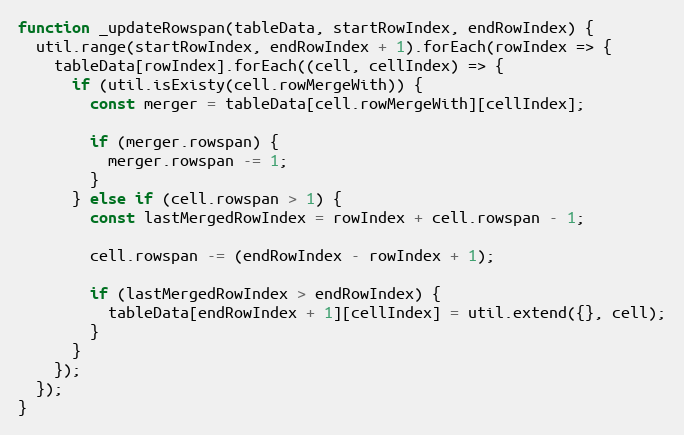
Language: JavaScript
function _updateRowspan(tableData, startRowIndex, endRowIndex) {
  util.range(startRowIndex, endRowIndex + 1).forEach(rowIndex => {
    tableData[rowIndex].forEach((cell, cellIndex) => {
      if (util.isExisty(cell.rowMergeWith)) {
        const merger = tableData[cell.rowMergeWith][cellIndex];

        if (merger.rowspan) {
          merger.rowspan -= 1;
        }
      } else if (cell.rowspan > 1) {
        const lastMergedRowIndex = rowIndex + cell.rowspan - 1;

        cell.rowspan -= (endRowIndex - rowIndex + 1);

        if (lastMergedRowIndex > endRowIndex) {
          tableData[endRowIndex + 1][cellIndex] = util.extend({}, cell);
        }
      }
    });
  });
}